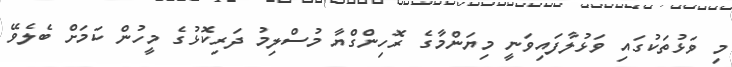
މި ވަޅުތަކުގައި ވަޅުލާފައިވަނީ މިޔަންމާގެ ރޮހިންގްޔާ މުސްލިމު ދަރިކޮޅުގެ މީހުން ކަމަށް ބެލެވޭ